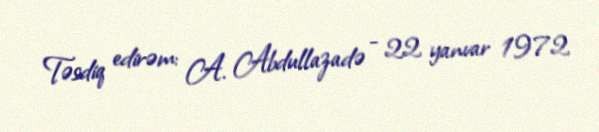
Təsdiq edirəm: A. Abdullazadə - 22 yanvar 1972